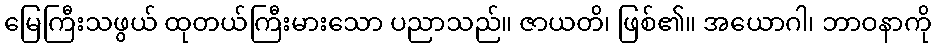
မြေကြီးသဖွယ် ထုတယ်ကြီးမားသော ပညာသည်။ ဇာယတိ၊ ဖြစ်၏။ အယောဂါ၊ ဘာဝနာကို